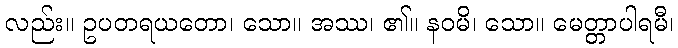
လည်း။ ဥပတရယတော၊ သော။ အဿ၊ ၏။ နဝမိ၊ သော။ မေတ္တာပါရမီ၊